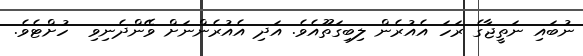
ނުބައި ނަތީޖާގެ ރަހަ އެއުރެން ލިބިގަތޫއެވެ. އަދި އެއުރެންނަށް ވޭންދެނިވި  ހުށްޓެވެ.